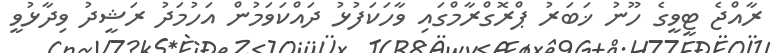
ރާއްޖެ ޓީވީގެ ހޫނު ޚަބަރު ޕްރޮގްރާމްގައި ވާހަކަފުޅު ދައްކަވަމުން އަހުމަދު ރަޝީދު ވިދާޅުވީ